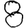
Digit: 8